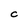
Character: C